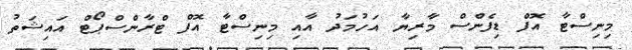
މިނިސްޓާ އޮފް ޑިފެންސް މާރިޔާ އަހުމަދު އާއި މިނިސްޓާ އޮފް ޓްރާންސްޕޯޓް އައިޝަތު